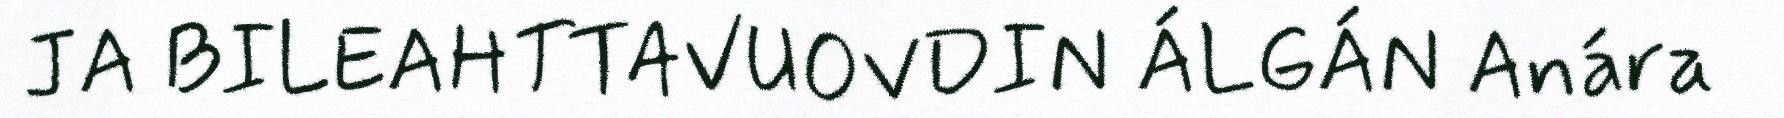
JA BILEAHTTAVUOVDIN ÁLGÁN Anára